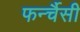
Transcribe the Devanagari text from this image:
फर्न्चैसी